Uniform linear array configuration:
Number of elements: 12
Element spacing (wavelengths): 0.5
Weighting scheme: hann
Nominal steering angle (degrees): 45
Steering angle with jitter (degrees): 44.311
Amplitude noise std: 0.05
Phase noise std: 0.05

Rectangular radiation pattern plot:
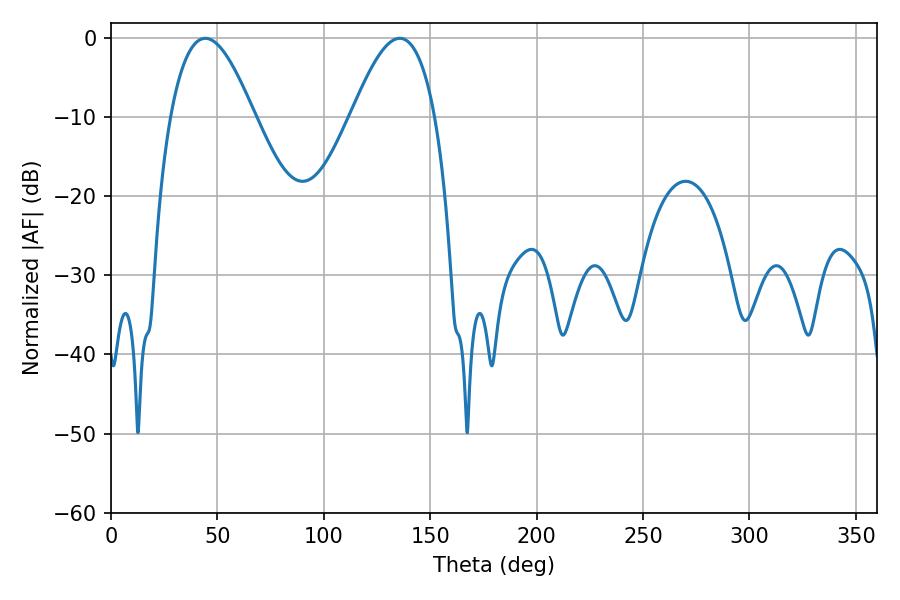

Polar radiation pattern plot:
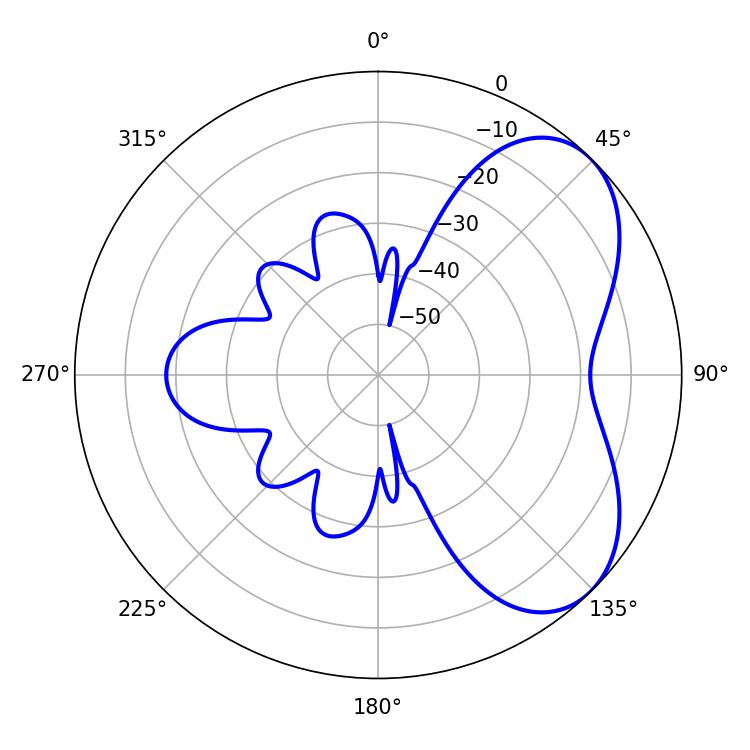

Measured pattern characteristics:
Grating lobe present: FALSE
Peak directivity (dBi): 5.349
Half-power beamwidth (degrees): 21.24
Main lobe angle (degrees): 44.28